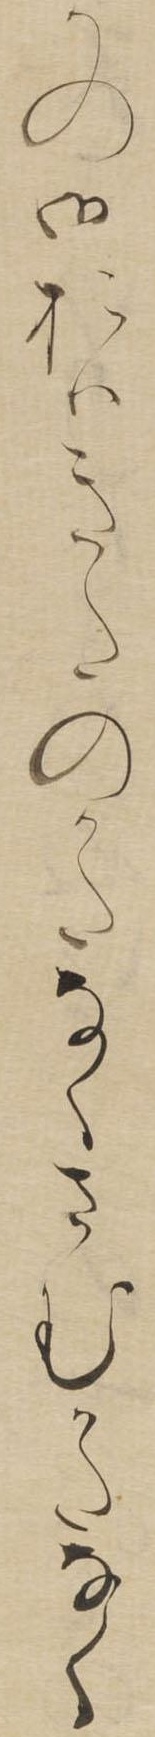
かの御おはきたのかたなくさむかたなく